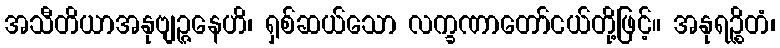
အသီတိယာအနုဗျဉ္ဇနေဟိ၊ ရှစ်ဆယ်သော လက္ခဏာတော်ငယ်တို့ဖြင့်။ အနုရဉ္စိတံ၊